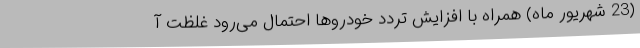
(23 شهریور ماه) همراه با افزایش تردد خودروها احتمال می‌رود غلظت آ